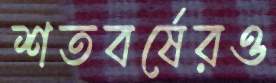
শতবর্ষেরও